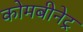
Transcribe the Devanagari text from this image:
कोमबीनेट्र